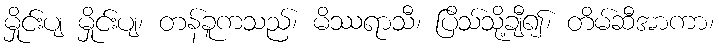
မှိုင်းပျ မှိုင်းပျ၊ တန်ခူကသည်၊ မိဿရာသီ၊ ပြိသ်သို့ချီ၍၊ တိမ်ဆီအာကာ၊